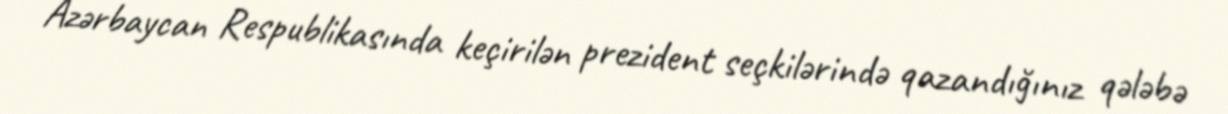
Azərbaycan Respublikasında keçirilən prezident seçkilərində qazandığınız qələbə